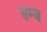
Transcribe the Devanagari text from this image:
सम्ज